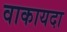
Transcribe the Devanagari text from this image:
वाकायदा